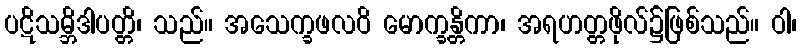
ပဋိသမ္ဘိဒါပတ္တိ၊ သည်။ အသေက္ခဖလဝိ မောက္ခန္တိကာ၊ အရဟတ္တဖိုလ်၌ဖြစ်သည်။ ဝါ၊